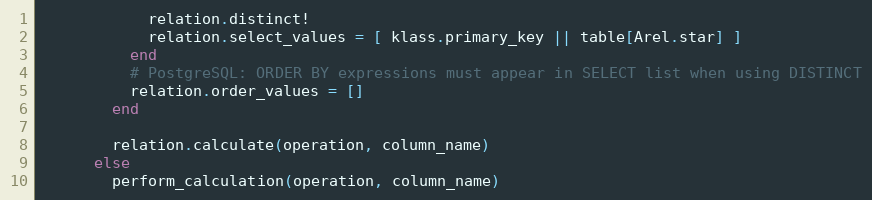
Language: Ruby
            relation.distinct!
            relation.select_values = [ klass.primary_key || table[Arel.star] ]
          end
          # PostgreSQL: ORDER BY expressions must appear in SELECT list when using DISTINCT
          relation.order_values = []
        end

        relation.calculate(operation, column_name)
      else
        perform_calculation(operation, column_name)